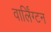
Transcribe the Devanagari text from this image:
वार्लिंग्टन